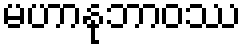
မဟာနုဘာဝဿ